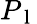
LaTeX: P_{\mathrm{~l~}}